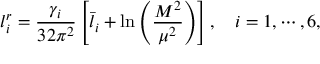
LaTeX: l _ { i } ^ { r } = \frac { \gamma _ { i } } { 3 2 \pi ^ { 2 } } \left[ \bar { l } _ { i } + \ln \left( \frac { M ^ { 2 } } { \mu ^ { 2 } } \right) \right] , \quad i = 1 , \cdots , 6 ,